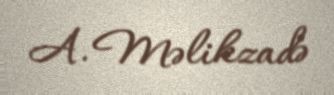
A. Məlikzadə